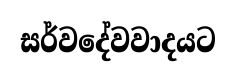
සර්වදේවවාදයට